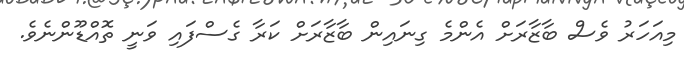
މިއަހަރު ވެސް ބާޒާރަށް އެންމެ ގިނައިން ބާޒާރަށް ކަރާ ގެސްފައި ވަނީ ތޮއްޑޫންނެވެ.